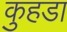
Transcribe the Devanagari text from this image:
कुहडा